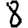
Digit: 8